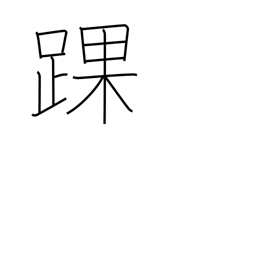
Meaning: ankle